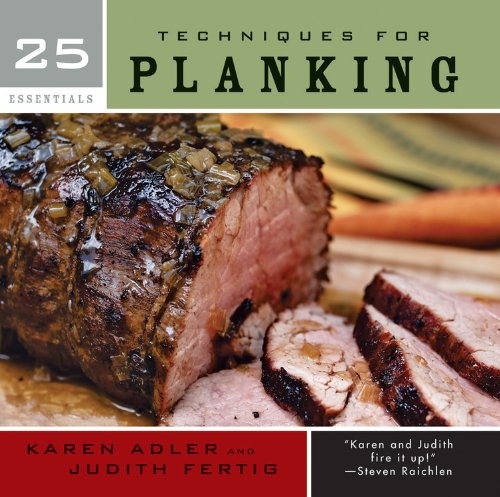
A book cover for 25 Essentials: Techniques for Planking; Karen Adler; Cookbooks, Food & Wine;